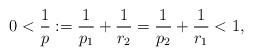
LaTeX: \begin{align*} 0<\frac{1}{p}\vcentcolon =\frac{1}{p_1}+\frac{1}{r_2}=\frac{1}{p_2}+\frac{1}{r_1}<1, \end{align*}